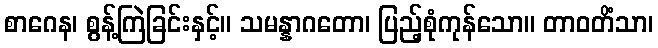
စာဂေန၊ စွန့်ကြဲခြင်းနှင့်။ သမန္နာဂတော၊ ပြည့်စုံကုန်သော။ တာဝတိံသာ၊